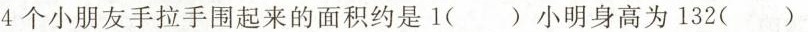
4个小朋友手拉手围起来的面积约是1()小明身高为132()